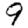
Digit: 9